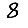
Digit: 8